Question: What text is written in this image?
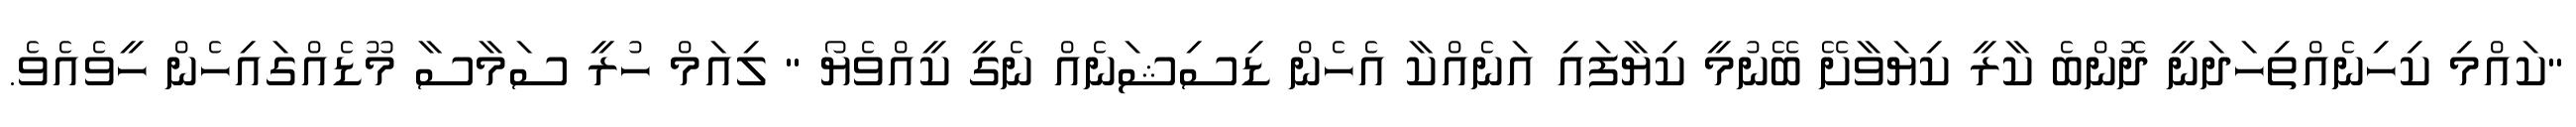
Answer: "ކައްމި ކިހިނެއްތިހަދަނީ ދޮންބެ ކާރީ ކިޔަވާށޭ ބޭނުމީ ކިޔާފައި އަނެއްކާ އެހެން ޑިސިޝަނެއް ނެގީ ކީއްވެޔޯ " ލިއަމް ހުރީ ސަމާސާ މޫޑެއްގައިހެން ހީވެއެވެ.